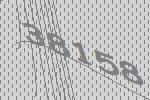
38158